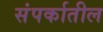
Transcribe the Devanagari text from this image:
संपर्कातील